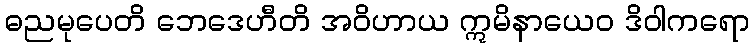
ဓညမုပေတိ ဘေဒေဟီတိ အဝိဟာယ ဣမိနာယေဝ ဒိဝါကရော